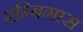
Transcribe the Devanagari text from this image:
एम्बिगास